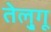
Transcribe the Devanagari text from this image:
तेलु्गू